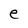
Character: e